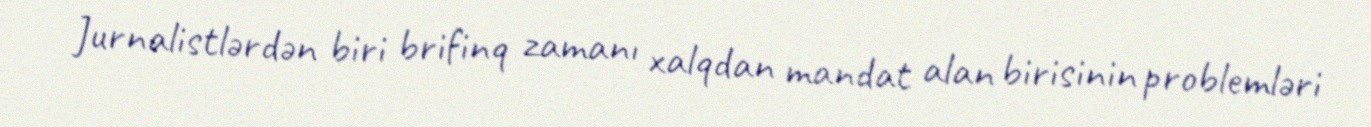
Jurnalistlərdən biri brifinq zamanı xalqdan mandat alan birisinin problemləri